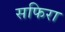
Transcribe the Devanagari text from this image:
सफिरा